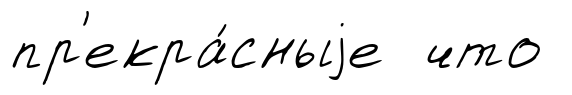
пр'екра́сныjе что